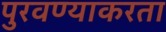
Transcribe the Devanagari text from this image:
पुरवण्याकरता